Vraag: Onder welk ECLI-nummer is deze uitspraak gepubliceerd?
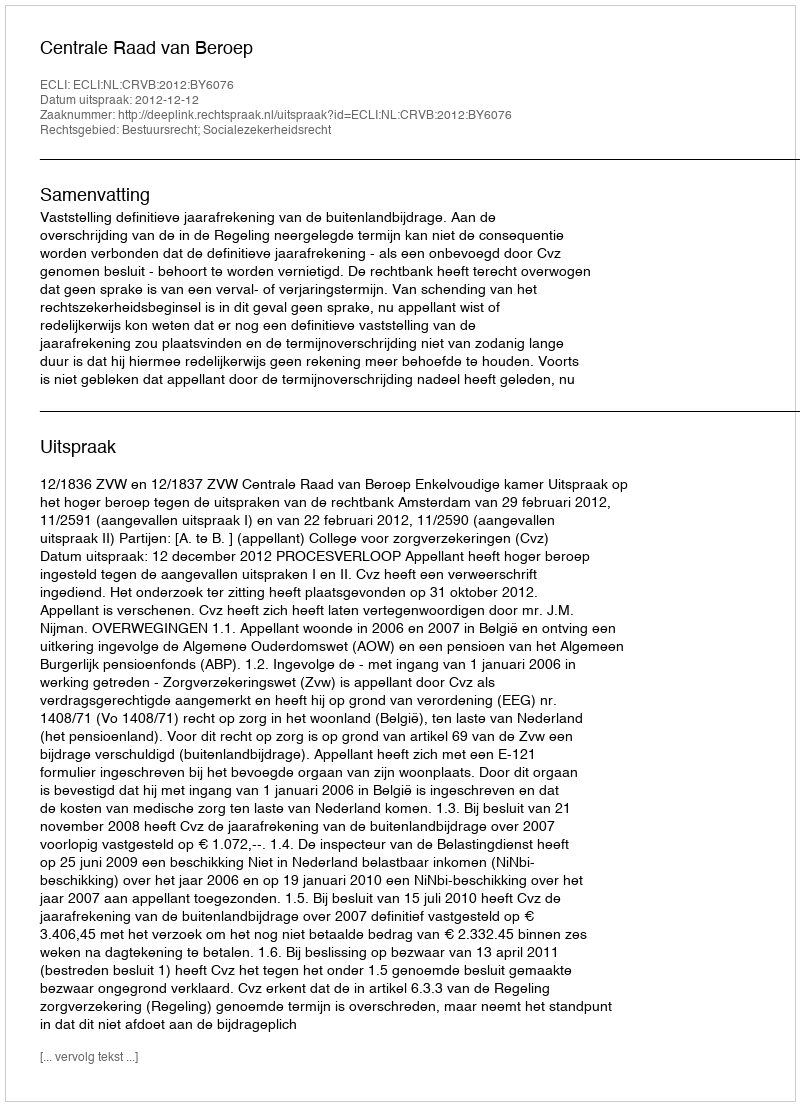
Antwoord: ECLI:NL:CRVB:2012:BY6076